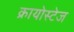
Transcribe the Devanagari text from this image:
क्रायोस्टेज